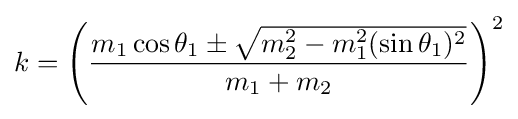
k=\left({\frac {m_{1}\cos {\theta _{1}}\pm {\sqrt {m_{2}^{2}-m_{1}^{2}(\sin {\theta _{1}})^{2}}}}{m_{1}+m_{2}}}\right)^{2}